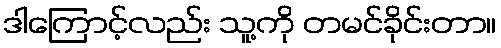
ဒါကြောင့်လည်း သူ့ကို တမင်ခိုင်းတာ။